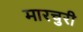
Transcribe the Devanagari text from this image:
मारचुरी